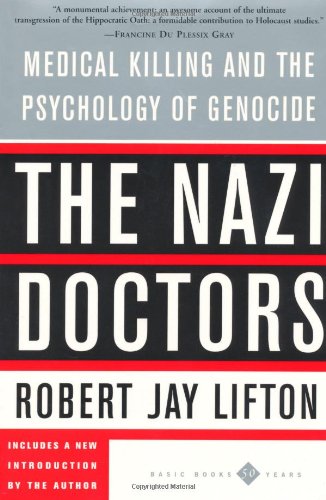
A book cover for The Nazi Doctors: Medical Killing and the Psychology of Genocide; Robert Jay Lifton; History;